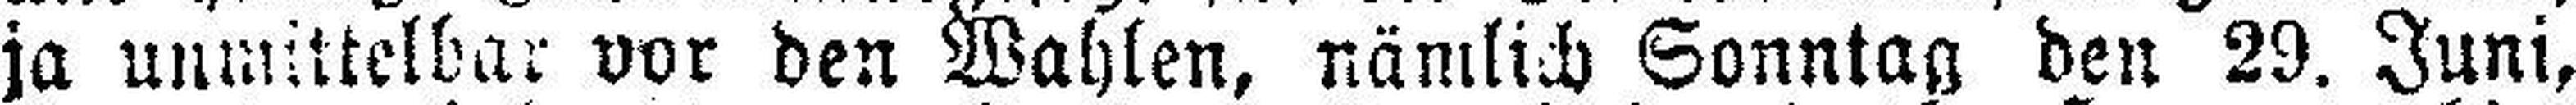
ja unmittelbar vor den Wahlen, nämlich Sonntag den 29. Juni,